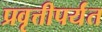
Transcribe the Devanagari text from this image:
प्रवृत्तीपर्यंत